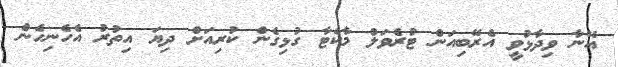
އޭނާ ވިދާޅުވީ އެރޭބިއަން ޓުރެވަލް މާކެޓާ ގުޅިގެން ކުރިއަށް ދިޔަ އިތުރު އެހެނިހެން